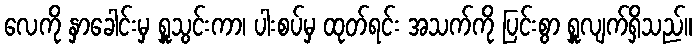
လေကို နှာခေါင်းမှ ရှူသွင်းကာ၊ ပါးစပ်မှ ထုတ်ရင်း အသက်ကို ပြင်းစွာ ရှူလျက်ရှိသည်။